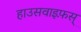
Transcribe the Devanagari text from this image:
हाउसवाइफ़स्